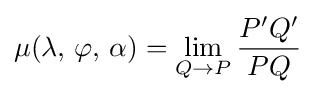
\mu (\lambda ,\,\varphi ,\,\alpha )=\lim _{Q\to P}{\frac {P'Q'}{PQ}}